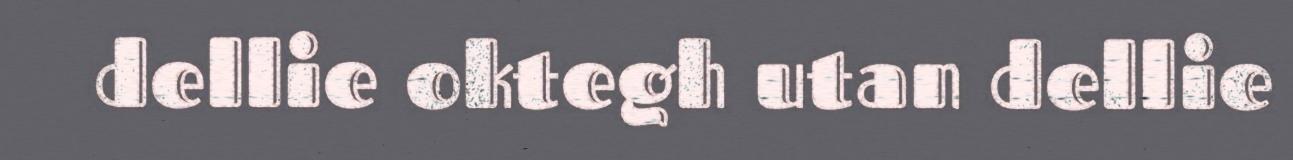
dellie oktegh utan dellie